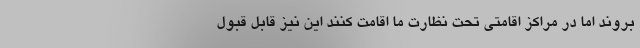
بروند اما در مراکز اقامتی تحت نظارت ما اقامت کنند این نیز قابل قبول